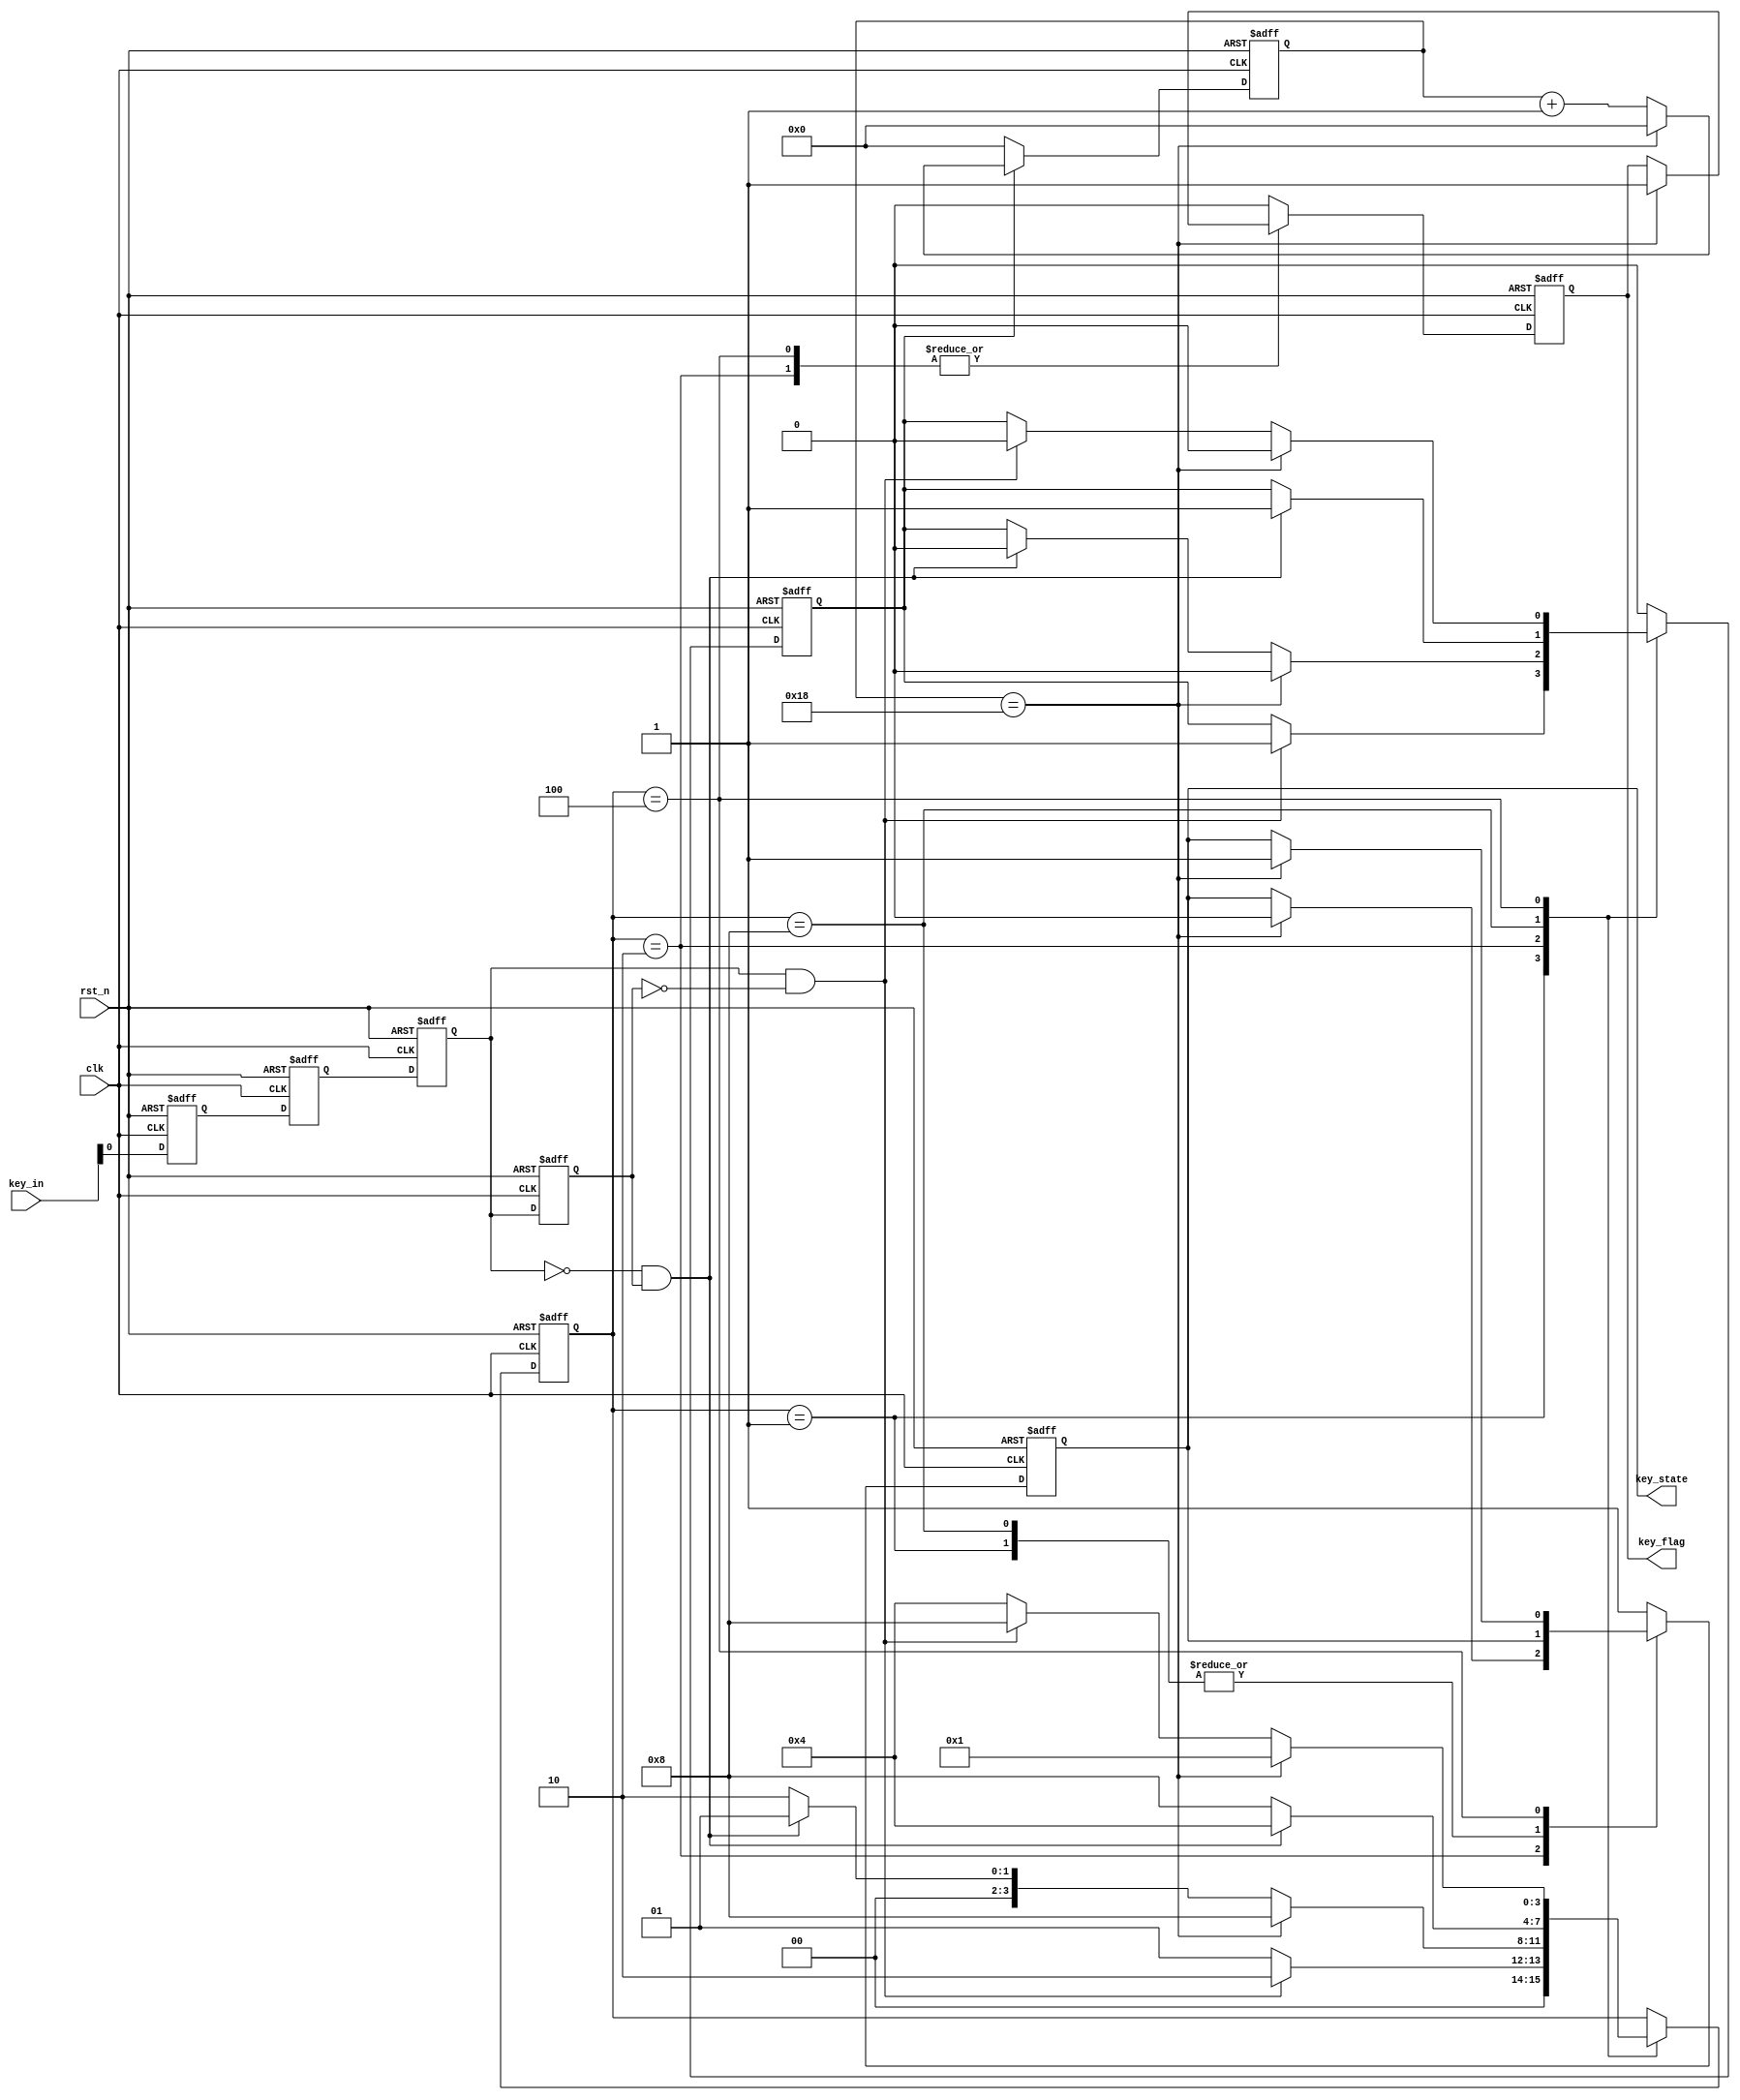
`timescale 1ns / 1ps
//////////////////////////////////////////////////////////////////////////////////
// Company: 
// Engineer: 
// 
// Design Name: 
// Module Name: anjianxiaodou
// Project Name: 
// Target Devices: 
// Tool Versions: 
// Description: 
// 
// Dependencies: 
// 
// Revision:
// Revision 0.01 - File Created
// Additional Comments:
// 
//////////////////////////////////////////////////////////////////////////////////


module anjianxiaodou
(
    clk,rst_n,key_in,
	 key_flag,key_state
);

input clk;
input rst_n;
input [1:0]key_in;

output  reg key_flag;
output  reg key_state;

reg en;
wire gedge;
wire sedge;
localparam IDLE = 4'b0001;
reg [3:0]state;
localparam state_2 = 4'b0010;
localparam state_3 = 4'b0100;
localparam DONE = 4'b1000;
reg key_in_a;
reg key_in_b;
reg data_in_a;
reg data_in_b;

//500nS//

parameter cnt_max = 5'd24;
reg  [4:0]  cnt;
always @ (posedge clk or negedge rst_n)
    begin
      if(!rst_n)
		   cnt <= 5'd0;
		else if(en)
		   begin
			     if(cnt == cnt_max)
				     cnt <=5'd0;
				  else
				     cnt <= cnt +1'b1;
			end
		else
			cnt <= 1'b0;
    end

//bit,//
always @ (posedge clk or negedge rst_n)
	 begin
		if(!rst_n)
			begin
				key_in_a <= 1'b0;
				key_in_b <= 1'b0;
			end
		else
			begin
				key_in_a <= key_in;
				key_in_b <= key_in_a;
			end
    end

////

always @ (posedge clk or negedge rst_n)
	begin
			if(!rst_n)
				begin
				data_in_a <= 1'b0;
				data_in_b <= 1'b0;
				end
			else
				begin
					data_in_a <= key_in_b;
					data_in_b <= data_in_a;
				end
	end
	
		assign sedge = !data_in_a&data_in_b;
		assign gedge = data_in_a&!data_in_b;
		
//


always @ (posedge clk or negedge rst_n)
	begin
		if(!rst_n)
			begin
			key_flag <= 1'b0;
			key_state <= 1'b1;
			en <= 1'b0;
			state <= IDLE;
				
			end
		else
			begin
				case(state)
					IDLE: begin
						key_flag <= 1'b0;
						if(gedge)
							begin
							state <= state_2;
							en <= 1'b1;
			            end
						else
							state <= IDLE;
						   end
					state_2: begin
						if(cnt==cnt_max)
							begin
							en <= 1'b0;
							key_flag <= 1'b1;
							key_state <= 1'b0;
							state <= DONE;
							end
						else if(sedge)
							begin
								state <= IDLE;
								en <= 1'b0;
							end
						else
							state <= state_2;
						end
					DONE:begin
							key_flag <= 'b0;
							if(sedge)
								begin
								state <= state_3;
								en <= 1'b1;
								end
							else
								state <= DONE;
						   end
					state_3:begin
							if(cnt==cnt_max)
								begin
									en <= 1'b0;
									key_flag <= 1'b1;
									key_state <= 1'b1;
									state <= IDLE;
								end
							else if(gedge)
								begin
								state <= DONE;
								en <= 1'b0;
								end
							else
								state <= state_3;
						     end
					default : begin
								key_flag <= 1'b0;
								key_state <= 1'b1;
								en <= 1'b0;
							    end
								 endcase
   end
	end
endmodule